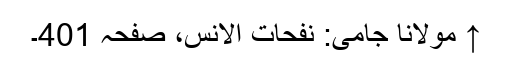
↑ مولانا جامی: نفحات الانس، صفحہ 401۔